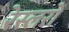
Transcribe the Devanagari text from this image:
रेस्लरों